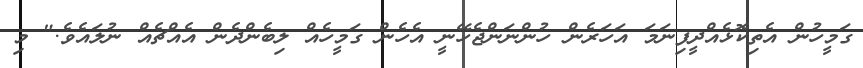
ގަމީހުން އެތިކޮޅެއްދީފިނަމަ އަހަރެން ހުންނަންޖެހޭނީ އެހެން ގަމީހެއް ލިބެންދެން އެއްޗެއް ނުލައެވެ." މި